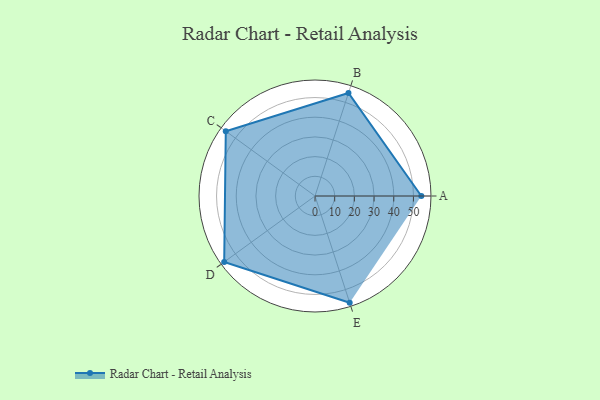
{"axis": {"x": "Skill", "y": "Score"}, "legend": ["Profile"], "data": [{"x": "A", "y": 54.0, "type": "Profile"}, {"x": "B", "y": 55.0, "type": "Profile"}, {"x": "C", "y": 56.0, "type": "Profile"}, {"x": "D", "y": 57.0, "type": "Profile"}, {"x": "E", "y": 57.0, "type": "Profile"}]}